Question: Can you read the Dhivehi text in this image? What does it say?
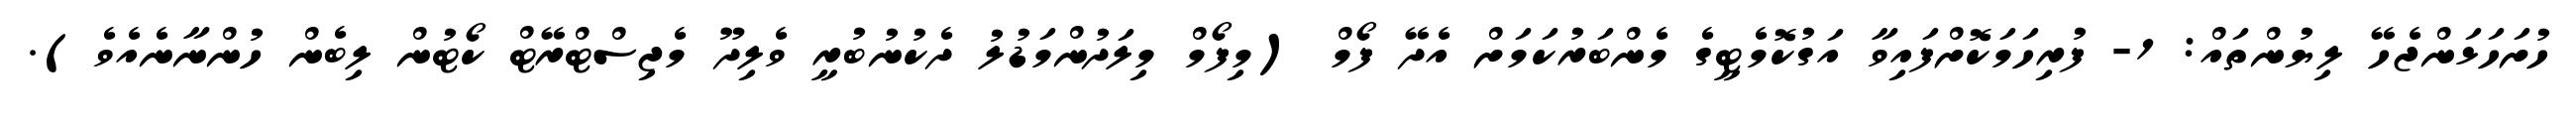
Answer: ހުށަހަޅަންޖެހޭ ލިޔުންތައް: 1- ފުރިހަމަކޮށްފައިވާ އަގުކޮމެޓީގެ މެންބަރުކަމަށް އެދޭ ފޯމް (މިފޯމް މިލަދުންމަޑުލު ދެކުނުބުރީ ވެލިދޫ މެޖިސްޓްރޭޓް ކޯޓުން ލިބެން ހުންނާނެއެވެ).